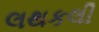
લથકલી